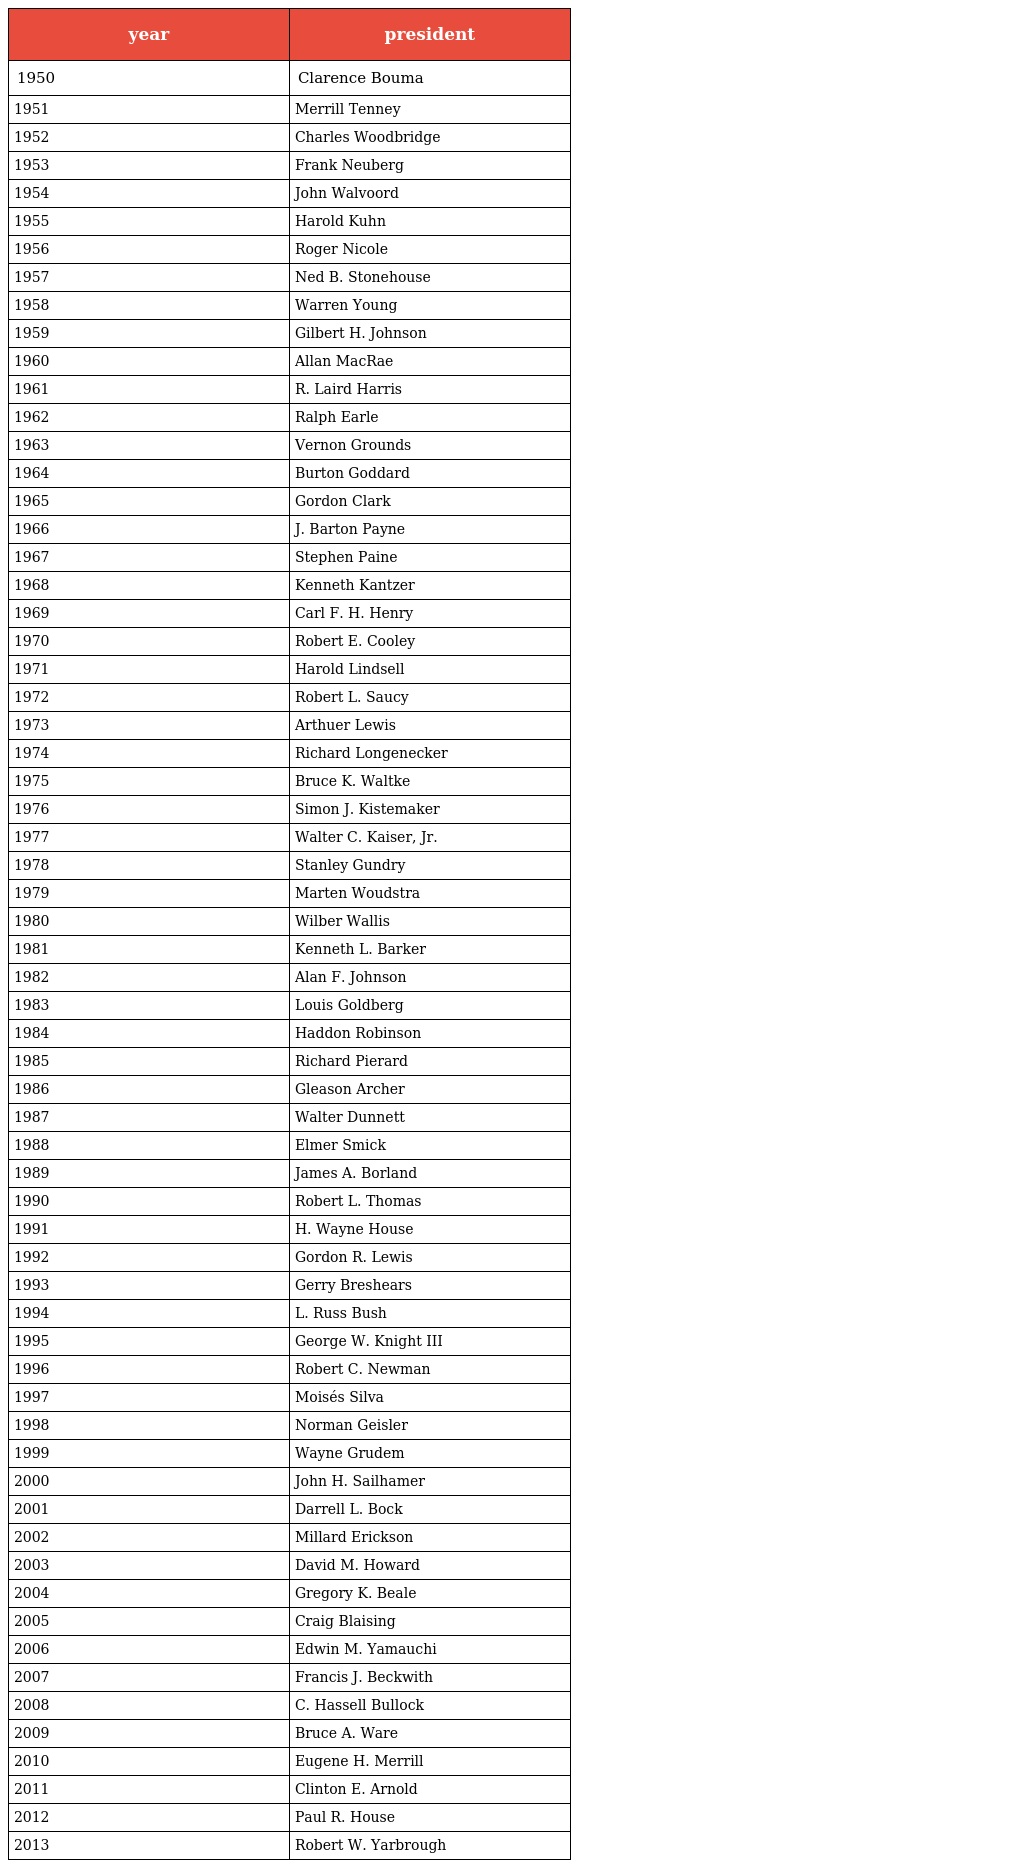
| year | president |
 | --- | --- |
 | 1950 | Clarence Bouma |
 | 1951 | Merrill Tenney |
 | 1952 | Charles Woodbridge |
 | 1953 | Frank Neuberg |
 | 1954 | John Walvoord |
 | 1955 | Harold Kuhn |
 | 1956 | Roger Nicole |
 | 1957 | Ned B. Stonehouse |
 | 1958 | Warren Young |
 | 1959 | Gilbert H. Johnson |
 | 1960 | Allan MacRae |
 | 1961 | R. Laird Harris |
 | 1962 | Ralph Earle |
 | 1963 | Vernon Grounds |
 | 1964 | Burton Goddard |
 | 1965 | Gordon Clark |
 | 1966 | J. Barton Payne |
 | 1967 | Stephen Paine |
 | 1968 | Kenneth Kantzer |
 | 1969 | Carl F. H. Henry |
 | 1970 | Robert E. Cooley |
 | 1971 | Harold Lindsell |
 | 1972 | Robert L. Saucy |
 | 1973 | Arthuer Lewis |
 | 1974 | Richard Longenecker |
 | 1975 | Bruce K. Waltke |
 | 1976 | Simon J. Kistemaker |
 | 1977 | Walter C. Kaiser, Jr. |
 | 1978 | Stanley Gundry |
 | 1979 | Marten Woudstra |
 | 1980 | Wilber Wallis |
 | 1981 | Kenneth L. Barker |
 | 1982 | Alan F. Johnson |
 | 1983 | Louis Goldberg |
 | 1984 | Haddon Robinson |
 | 1985 | Richard Pierard |
 | 1986 | Gleason Archer |
 | 1987 | Walter Dunnett |
 | 1988 | Elmer Smick |
 | 1989 | James A. Borland |
 | 1990 | Robert L. Thomas |
 | 1991 | H. Wayne House |
 | 1992 | Gordon R. Lewis |
 | 1993 | Gerry Breshears |
 | 1994 | L. Russ Bush |
 | 1995 | George W. Knight III |
 | 1996 | Robert C. Newman |
 | 1997 | Moisés Silva |
 | 1998 | Norman Geisler |
 | 1999 | Wayne Grudem |
 | 2000 | John H. Sailhamer |
 | 2001 | Darrell L. Bock |
 | 2002 | Millard Erickson |
 | 2003 | David M. Howard |
 | 2004 | Gregory K. Beale |
 | 2005 | Craig Blaising |
 | 2006 | Edwin M. Yamauchi |
 | 2007 | Francis J. Beckwith |
 | 2008 | C. Hassell Bullock |
 | 2009 | Bruce A. Ware |
 | 2010 | Eugene H. Merrill |
 | 2011 | Clinton E. Arnold |
 | 2012 | Paul R. House |
 | 2013 | Robert W. Yarbrough |